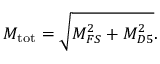
M _ { \mathrm { t o t } } = \sqrt { M _ { F S } ^ { 2 } + M _ { D 5 } ^ { 2 } } .